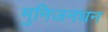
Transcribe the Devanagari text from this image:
मुनिजनधन